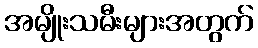
အမျိုးသမီးများအတွက်